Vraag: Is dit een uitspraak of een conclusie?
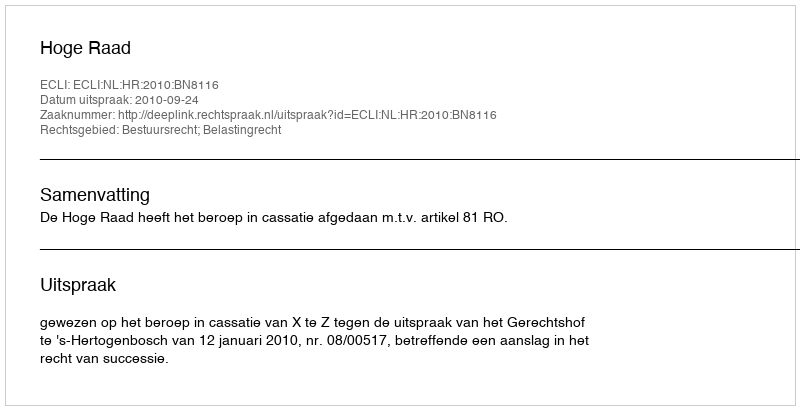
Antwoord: Uitspraak